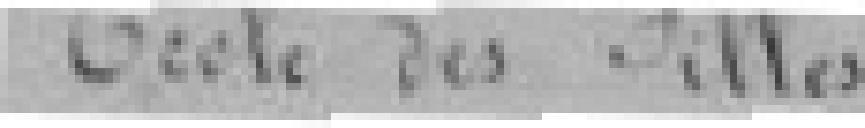
Ecole des Filles